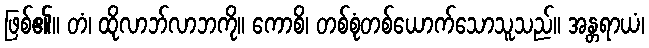
ဖြစ်၏။ တံ၊ ထိုလာဘ်လာဘကို။ ကောစိ၊ တစ်စုံတစ်ယောက်သောသူသည်။ အန္တရာယံ၊